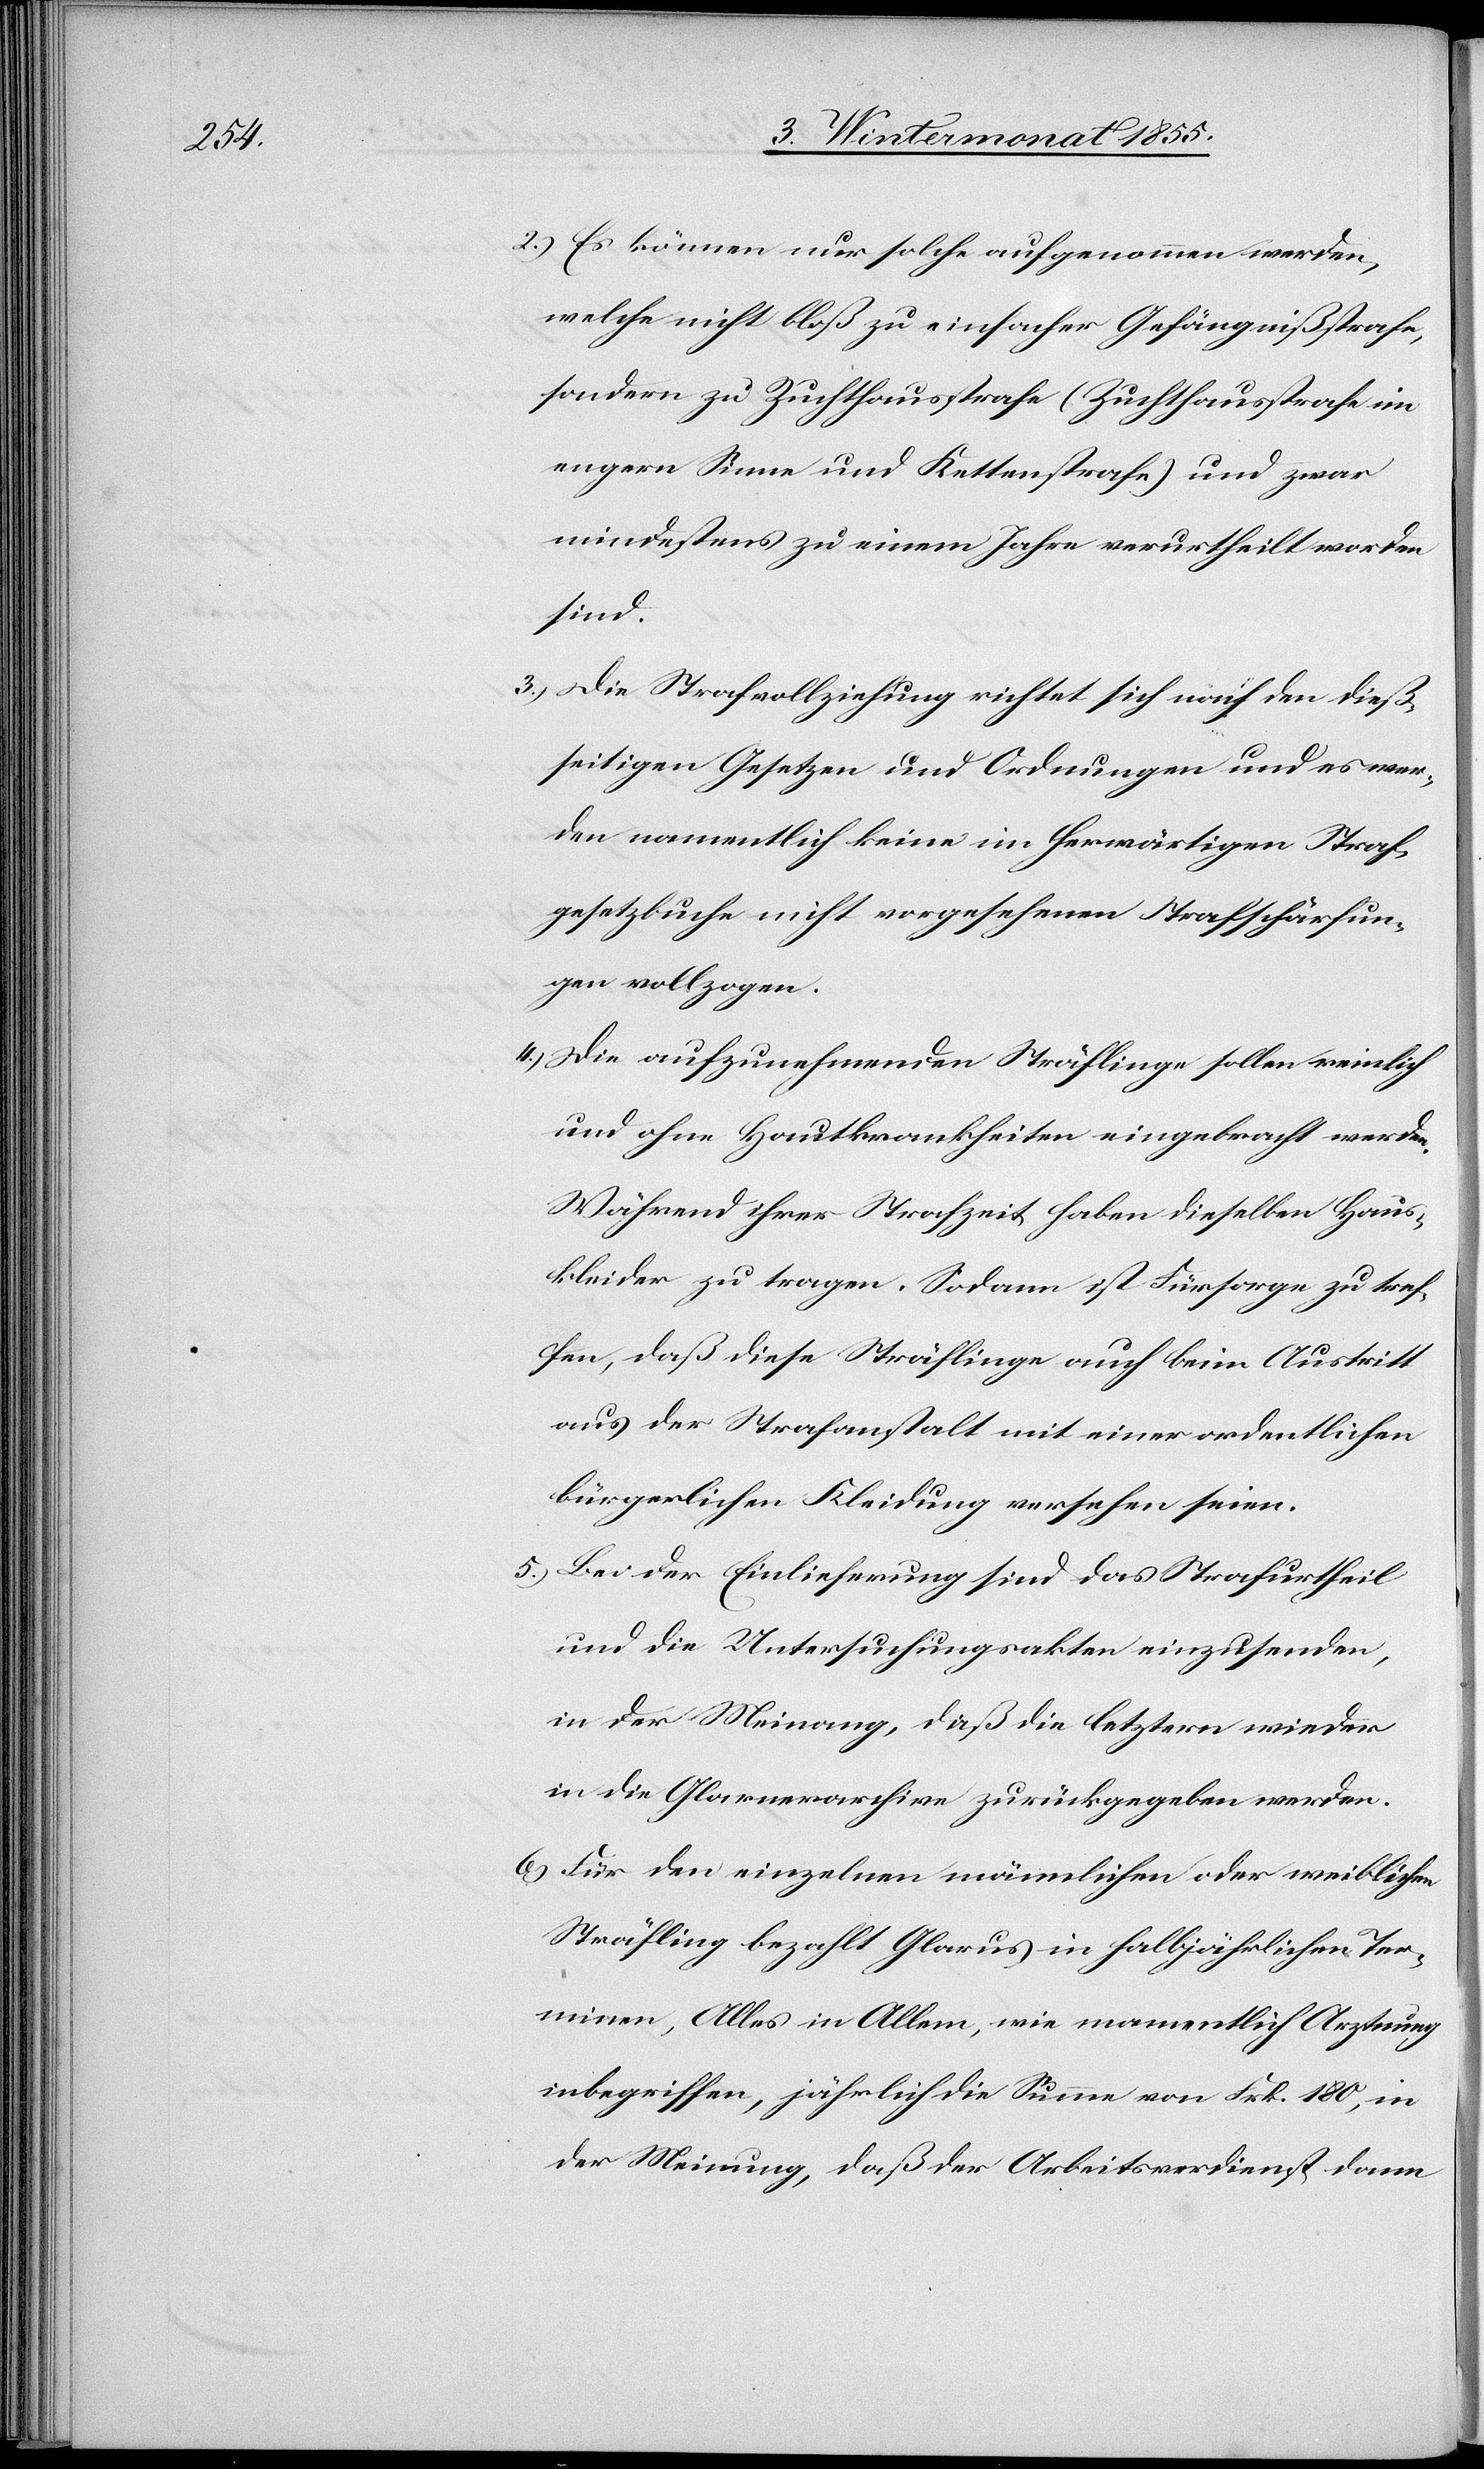
2.)

Es können nur solche aufgenommen werden,
welche nicht bloß zu einfacher Gefängnißstrafe,
sondern zu Zuchthausstrafe (Zuchthausstrafe im
engern Sinne und Kettenstrafe) und zwar
mindestens zu einem Jahre verurtheilt worden
sind.
Die Strafvollziehung richtet sich nach den dieß¬
seitigen Gesetzen und Ordnungen und es wer¬
den namentlich keine im herwärtigen Straf¬
gesetzbuche nicht vorgesehenen Strafschärfun¬
gen vollzogen.
Die aufzunehmenden Sträflinge sollen reinlich
und ohne Hautkrankheiten eingebracht werden.
Während ihrer Strafzeit haben dieselben Haus¬
kleider zu tragen. Sodann ist Fürsorge zu tref¬
fen, daß diese Sträflinge auch beim Austritt
aus der Strafanstalt mit einer ordentlichen
bürgerlichen Kleidung versehen seien.
Bei der Einlieferung sind das Strafurtheil
und die Untersuchungsakten einzusenden,
in der Meinung, daß die letztern wieder
in die Glarnerarchive zurückgegeben werden.
Für den einzelnen männlichen oder weiblichen
Sträfling bezahlt Glarus in halbjährlichen Ter¬
minen, Alles in Allem, wie mamentlich [recte:
inbegriffen, jährlich die Summe von Frk. 180, in
der Meinung, daß der Arbeitsverdienst dann